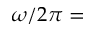
\omega / 2 \pi =